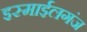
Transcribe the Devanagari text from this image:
इस्माईलगंज